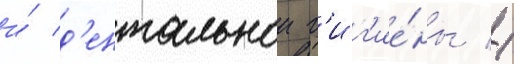
и́ д'ентальнои г'иг'ие́ны //